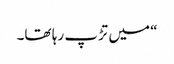
“ میں تڑپ رہا تھا۔